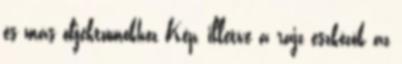
és más objektumokhoz Kép, illetve a rajz eszközök az